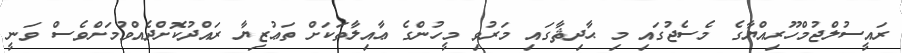
ރައީސުލްޖުމްހޫރިއްޔާގެ މެސެޖުގައި މި ޙާދިޘާގައި މަރުވި މީހުންގެ ޢާއިލާތަކަށް ތަޢުޒިޔާ ރައްދުކޮށްދެއްވުމަށްވެސް ވަނީ